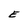
Character: E